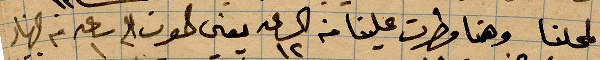
لمحلنا وهنا مطرت علينا من الساعة ١٢ يعني ...الى ساعة ١ من النهار